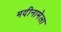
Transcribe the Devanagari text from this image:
मदीनामेला